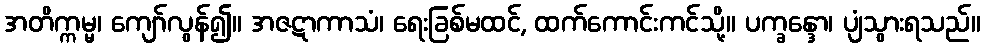
အတိက္ကမ္မ၊ ကျော်လွန်၍။ အဇဋာကာသံ၊ ရေးခြစ်မထင်, ထက်ကောင်းကင်သို့။ ပက္ခန္ဒော၊ ပျံသွားရသည်။